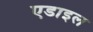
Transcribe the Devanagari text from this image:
एडाइल